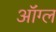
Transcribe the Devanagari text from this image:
ऑंग्ल